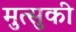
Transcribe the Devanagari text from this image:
मुत्सुकी